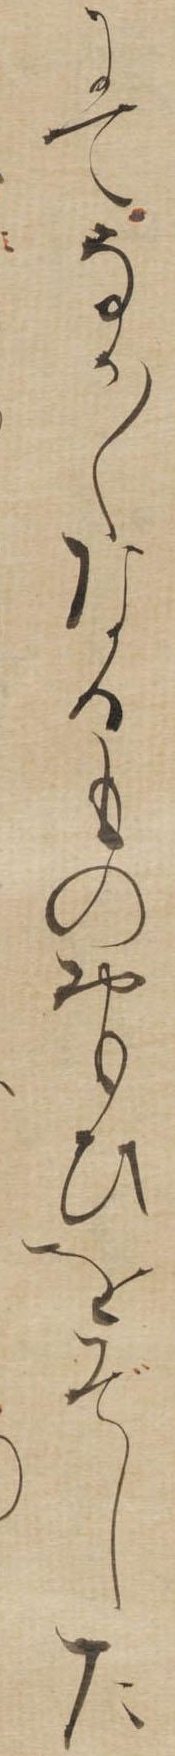
にてなか〱なるものおもひをぞした